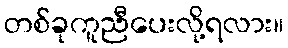
တစ်ခုကူညီပေးလို့ရလား။